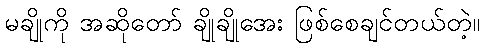
မချိုကို အဆိုတော် ချိုချိုအေး ဖြစ်စေချင်တယ်တဲ့။